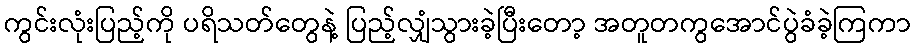
ကွင်းလုံးပြည့်ကို ပရိသတ်တွေနဲ့ ပြည့်လျှံသွားခဲ့ပြီးတော့ အတူတကွအောင်ပွဲခံခဲ့ကြကာ